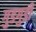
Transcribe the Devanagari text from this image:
गुडगुडी